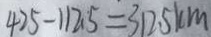
4 2 5 - 1 1 2 . 5 = 3 1 2 . 5 k m